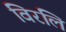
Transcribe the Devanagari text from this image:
विरलि